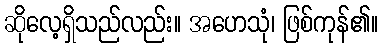
ဆိုလေ့ရှိသည်လည်း။ အဟေသုံ၊ ဖြစ်ကုန်၏။